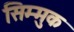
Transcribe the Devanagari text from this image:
सिम्मुक